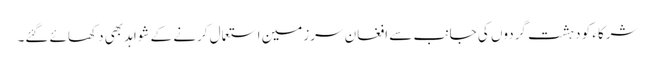
شرکاء کو دہشت گردوں کی جانب سے افغان سرزمین استعمال کرنے کے شواہد بھی دکھائے گئے۔